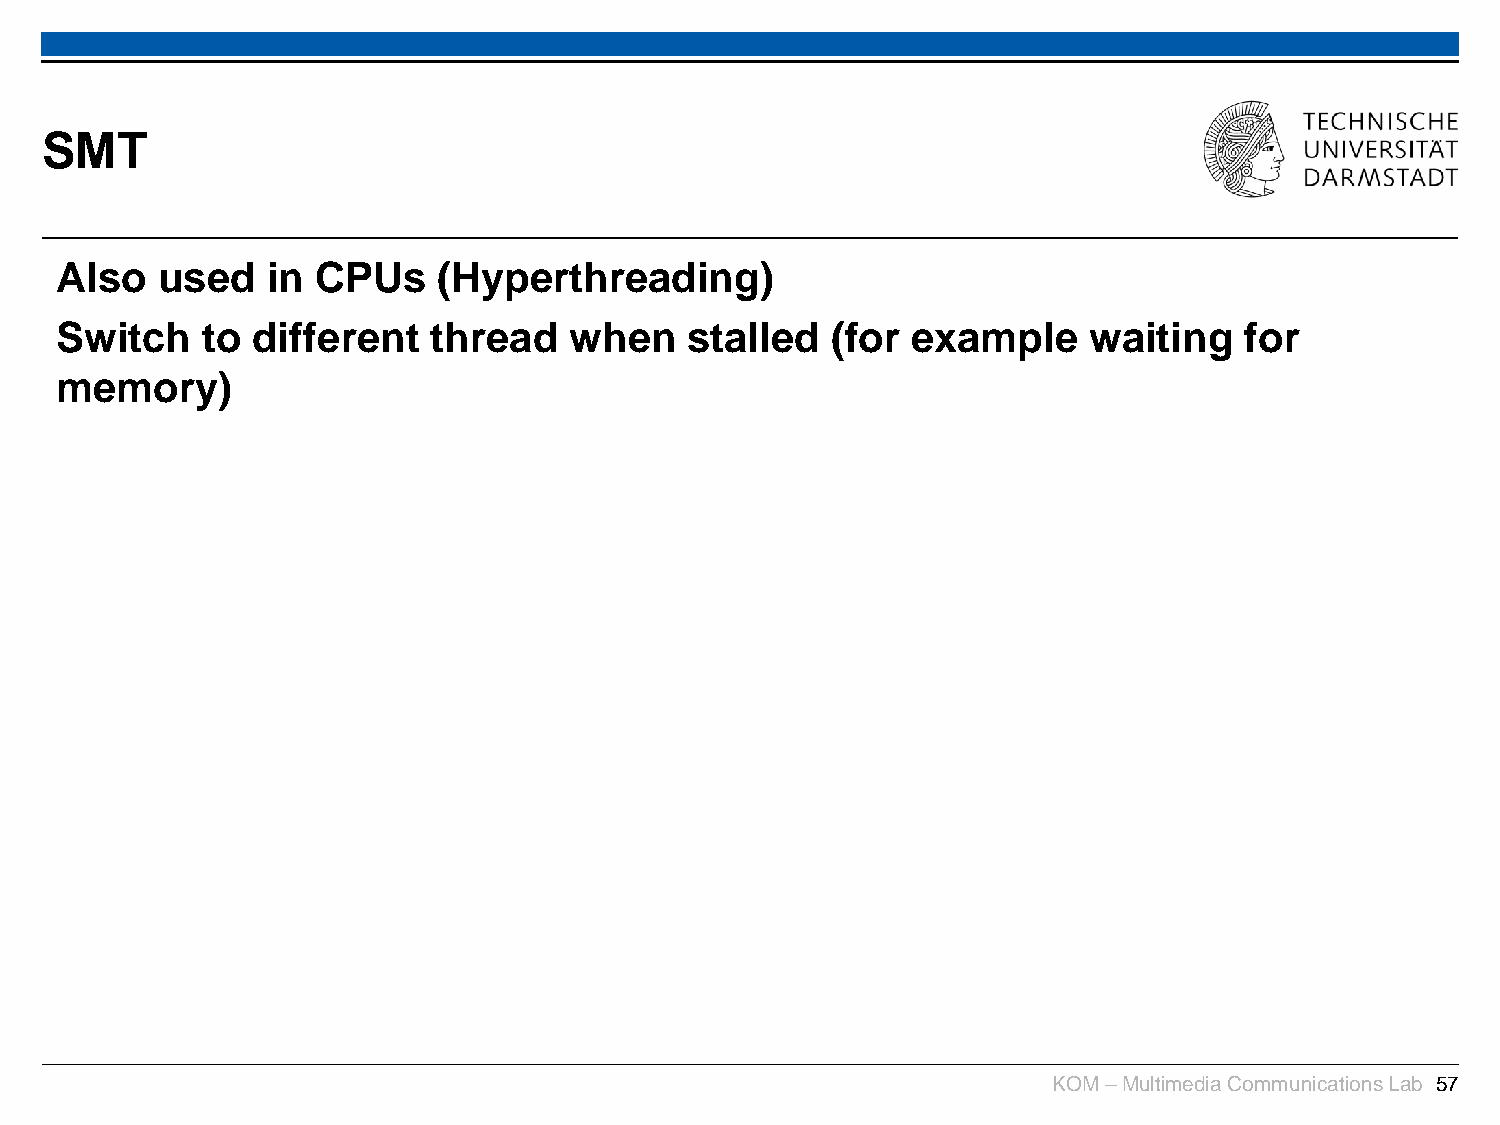
SMT
 Also  used    in CPUs    (Hyperthreading)
 Switch   to  different  thread    when    stalled  (for example     waiting   for
 memory)
 KOM –Multimedia Communications Lab 57